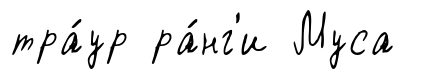
тра́ур ра́нг'и Муса